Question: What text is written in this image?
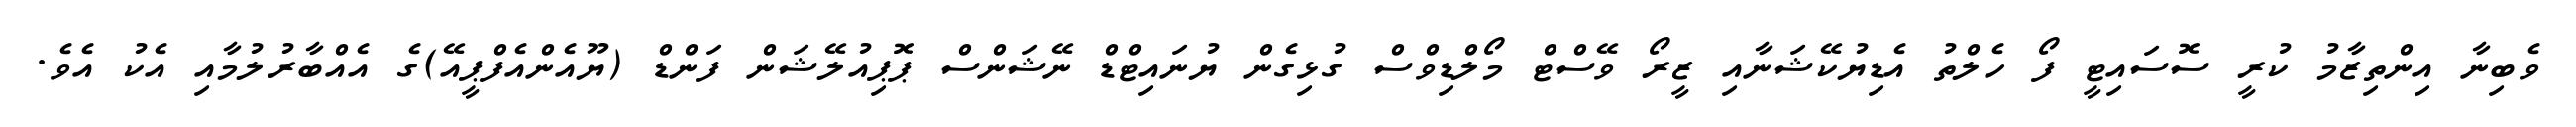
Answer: ވެބިނާ އިންތިޒާމު ކުރީ ސޮސައިޓީ ފޯ ހެލްތު އެޑިޔުކޭޝަނާއި ޒީރޯ ވޭސްޓް މޯލްޑިވްސް ގުޅިގެން ޔުނައިޓްޑް ނޭޝަންސް ޕޮޕިއުލޭޝަން ފަންޑް (ޔޫއެންއެފްޕީއޭ)ގެ އެއްބާރުލުމާއި އެކު އެވެ.